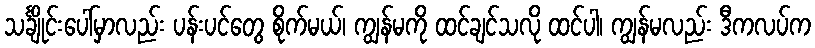
သင်္ချိုင်းပေါ်မှာလည်း ပန်းပင်တွေ စိုက်မယ်၊ ကျွန်မကို ထင်ချင်သလို ထင်ပါ၊ ကျွန်မလည်း ဒီကလပ်က